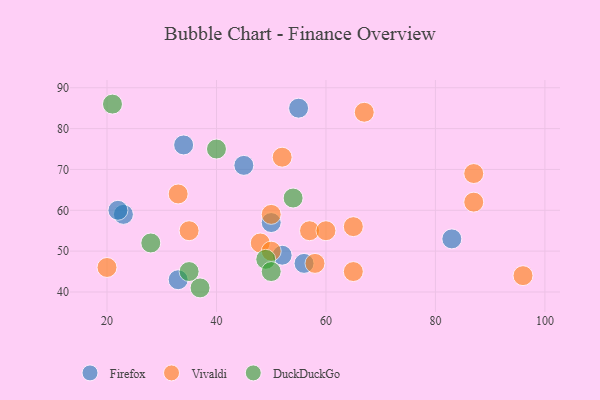
{"axis": {"x": "GDP", "y": "Life Expectancy"}, "legend": ["DuckDuckGo", "Firefox", "Vivaldi"], "data": [{"x": "45", "y": 71, "type": "Firefox"}, {"x": "34", "y": 76, "type": "Firefox"}, {"x": "50", "y": 57, "type": "Firefox"}, {"x": "83", "y": 53, "type": "Firefox"}, {"x": "55", "y": 85, "type": "Firefox"}, {"x": "56", "y": 47, "type": "Firefox"}, {"x": "23", "y": 59, "type": "Firefox"}, {"x": "52", "y": 49, "type": "Firefox"}, {"x": "33", "y": 43, "type": "Firefox"}, {"x": "22", "y": 60, "type": "Firefox"}, {"x": "20", "y": 46, "type": "Vivaldi"}, {"x": "65", "y": 45, "type": "Vivaldi"}, {"x": "65", "y": 56, "type": "Vivaldi"}, {"x": "57", "y": 55, "type": "Vivaldi"}, {"x": "60", "y": 55, "type": "Vivaldi"}, {"x": "96", "y": 44, "type": "Vivaldi"}, {"x": "33", "y": 64, "type": "Vivaldi"}, {"x": "67", "y": 84, "type": "Vivaldi"}, {"x": "50", "y": 59, "type": "Vivaldi"}, {"x": "52", "y": 73, "type": "Vivaldi"}, {"x": "87", "y": 69, "type": "Vivaldi"}, {"x": "48", "y": 52, "type": "Vivaldi"}, {"x": "35", "y": 55, "type": "Vivaldi"}, {"x": "58", "y": 47, "type": "Vivaldi"}, {"x": "87", "y": 62, "type": "Vivaldi"}, {"x": "50", "y": 50, "type": "Vivaldi"}, {"x": "37", "y": 41, "type": "DuckDuckGo"}, {"x": "35", "y": 45, "type": "DuckDuckGo"}, {"x": "28", "y": 52, "type": "DuckDuckGo"}, {"x": "40", "y": 75, "type": "DuckDuckGo"}, {"x": "49", "y": 48, "type": "DuckDuckGo"}, {"x": "54", "y": 63, "type": "DuckDuckGo"}, {"x": "50", "y": 45, "type": "DuckDuckGo"}, {"x": "21", "y": 86, "type": "DuckDuckGo"}]}